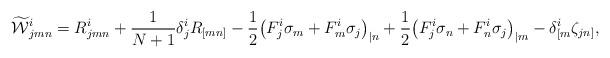
LaTeX: \begin{align*} \aligned \widetilde{\mathcal W}{}^i_{jmn}&=R^i_{jmn}+\frac1{N+1}\delta^i_jR_{[mn]}-\frac12\big(F^i_j\sigma_m+F^i_m\sigma_j\big)_{|n}+ \frac12\big(F^i_j\sigma_n+F^i_n\sigma_j\big)_{|m}-\delta^i_{[m}\zeta_{jn]}, \endaligned \end{align*}